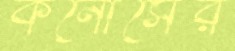
কনোর্সের